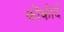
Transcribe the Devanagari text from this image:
कोंकोर्द